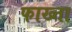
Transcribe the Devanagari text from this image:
फाख्‍ता